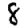
Digit: 8